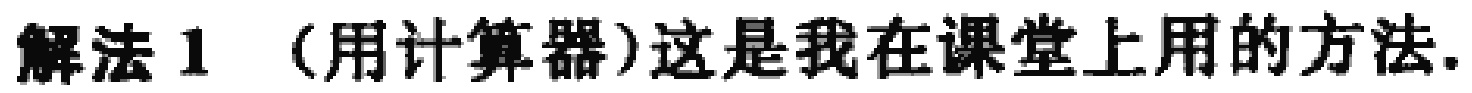
解法 1 （用计算器）这是我在课堂上用的方法.